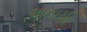
અનાચી